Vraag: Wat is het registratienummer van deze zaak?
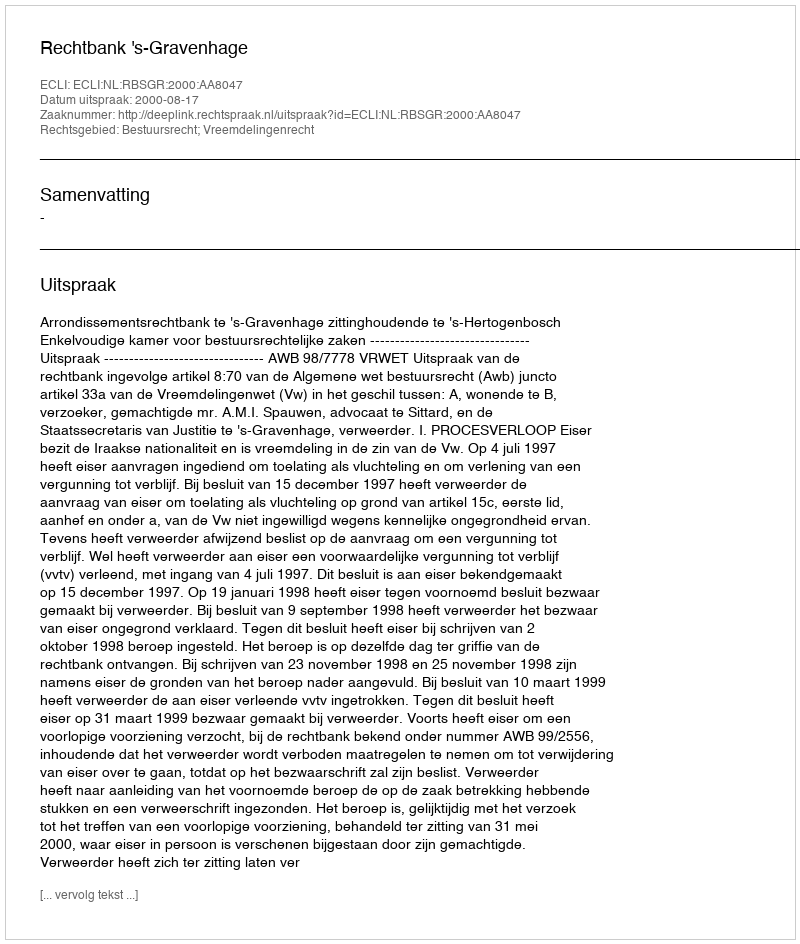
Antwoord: http://deeplink.rechtspraak.nl/uitspraak?id=ECLI:NL:RBSGR:2000:AA8047